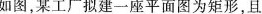
如图，某工厂拟建一座平面图为矩形，且